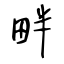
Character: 畔